Medical and sanitary report of the native army of Bengal for the year
Year: 1878
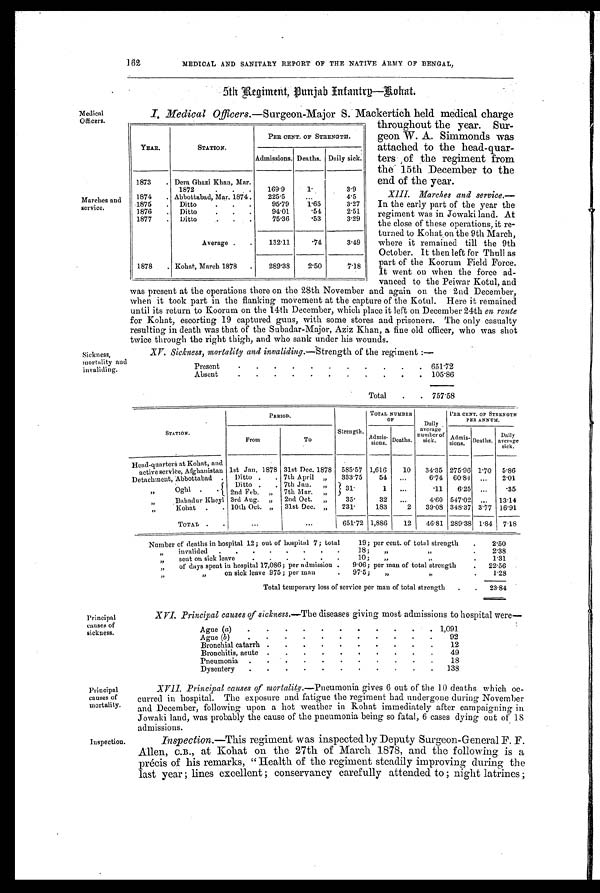
YEAR.
STATION.
PER CENT. OF STRENGTH.
Admissions. Deaths. Daily sick.
1873
. Dora Ghazi Khan, Mar.
1872
.
.
.
169.9
1.
3.9
1874
. Abbottabad, Mar. 1874 .
225.5
. . .
4.5
1875
.
Ditto
.
.
.
95.79
1.65
3.27
1876
.
Ditto
.
.
.
94.01
.54
2.51
1877
.
Ditto
75.36
.53
3.29
Average .
.
132.11
.74
3.49
1878
. Kohat, March 1878
.
289.38
2.50
7.18
Medical
Officers.
Marches and
service.
162
MEDICAL AND SANITARY REPORT OF THE NATIVE ARMY OF BENGAL,
5th Regiment, Punjab Infantry—Kohat.
Sickness,
mortality and
invaliding.
I. Medical Officers—Surgeon-Major S. Mackertich held medical charge
throughout the year. Sur-
geon W. A. Simmonds was
attached to the head-quar-
ters of the regiment from
the 15th December to the
end of the year.
XIII. Marches and service.—
In the early part of the year the
regiment was in Jowaki land. At
the close of these operations, it re-
turned to Kohat on the 9th March,
where it remained till the 9th
October. It then left for Thull as
part of the Koorum Field Force.
It went on when the force ad-
vanced to the Peiwar Kotul, and
was present at the operations there on the 28th November and again on the 2nd December,
when it took part in the flanking movement at the capture of the Kotul. Here it remained
until its return to Koorum on the 14th December, which place it left on December 24th en route
for Kohat, escorting 19 captured guns, with some stores and prisoners. The only casualty
resulting in death was that of the Subadar-Major, Aziz Khan, a fine old officer, who was shot
twice through the right thigh, and who sank under his wounds.
XV. Sickness mortality and invaliding.— Strength of the regiment:—
Present
.
.
.
.
.
.
.
.
.
.
. 651.72
Absent
.
.
.
.
.
.
.
.
.
.
. 105.86
Total
.
. 757.58
STATION.
PERIOD.
Strength.
TOTAL NUMBER
OF
Daily
average
sick. of
sick.
PER CENT. OP STRENGTH
PER ANNUM.
From
To
Admis-
sion. Deaths.
Admis-
sions. Deaths.
Daily
average
sick.
Head-quarters at Kohat, and
active service, Afghanistan 1st Jan. 1878 31st Dec. 1878 585.57 1,616
10
34.35 275.96 1.70
5.86
Detachment, Abbottabad .
Ditto .
. 7th April „
333.75
54
...
6.74 60.84
. . .
2.01
Oghi .
.
Ditto .
. 7th Jan. ,,
31.
1
...
.11
6.25 ...
.35
2nd Feb. „
7th Mar. „
, , B a b a d u r K h e y l 3rd Aug. „
2nd Oct. „
35.
32
. . .
4.60 547.02 ...
13.14
Kohat .
. 10th Oct. „
31st Dec. „
231.
183
2
39.08 348.37 3.77 16.91
TOTAL .
.
...
...
651.72 1,886
12
46.81 289.38 1.84 7.18
Number of deaths in hospital 12; out of hospital 7; total
19; per cent. of total strength
.
2.50
,,
invalided
. . . . . .
38;
, , , ,
2.38
, ,
sent on sick leave
.
.
.
.
.
.
10 ;
,,
, ,
.
.
1.31
, ,
of days spent in hospital 17,086; per admission
. .
9.06; per man of total strength
.
22.56
„
„ on sick leave 975 ; per man
.
97.5;
„
, ,
.
1.28
Total temporary loss of service per man of total strength
.
.
23.84
Principal
causes of
sickness.
Principal
causes of
mortality.
Inspection.
XVI. Principal causes of sickness. —The diseases giving most admissions to hospital were
—
Ague (a)
.
.
.
.
.
.
.
.
.
.
. 1,091
Ague (b) .
.
.
.
.
.
.
.
.
.
.
9 2
Bronchial catarrh .
.
.
.
.
.
.
.
.
.
12
Bronchitis, acute .
.
.
.
.
.
.
.
.
.
49
Pneumonia
.
.
.
.
.
.
.
.
18
Dysentery
.
.
.
.
.
.
.
.
.
.
.
138
XVII.
Principal causes of mortality.—Pneumonia gives 6 out of the 10 deaths which oc-
curred in hospital. The exposure and fatigue the regiment had undergone during November
and December, following upon a hot weather in Kohat immediately after campaigning in
Jowaki land, was probably the cause of the pneumonia being so fatal, 6 cases dying out of 18
admissions.
Inspection.—This regiment was inspected by Deputy Surgeon-General F. F.
Allen, C.B., at Kohat on the 27th of March 1878, and the following is a
précis of his remarks, " Health of the regiment steadily improving during the
last year ; lines excellent ; conservancy carefully attended to ; night latrines ;